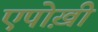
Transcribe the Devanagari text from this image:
एपोख़ी